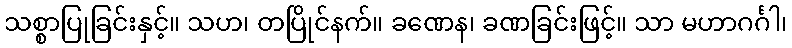
သစ္စာပြုခြင်းနှင့်။ သဟ၊ တပြိုင်နက်။ ခဏေန၊ ခဏခြင်းဖြင့်။ သာ မဟာဂင်္ဂါ၊